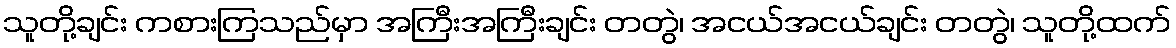
သူတို့ချင်း ကစားကြသည်မှာ အကြီးအကြီးချင်း တတွဲ၊ အငယ်အငယ်ချင်း တတွဲ၊ သူတို့ထက်